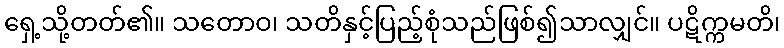
ရှေ့သို့တတ်၏။ သတောဝ၊ သတိနှင့်ပြည့်စုံသည်ဖြစ်၍သာလျှင်။ ပဋိက္ကမတိ၊